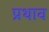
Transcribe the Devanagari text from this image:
प्रथाव